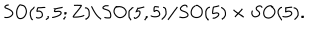
LaTeX: S O ( 5 , 5 ; Z ) \backslash S O ( 5 , 5 ) / S O ( 5 ) \times S O ( 5 ) .